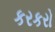
કરકરો